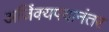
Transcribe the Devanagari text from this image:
अजिंक्यपदानंतर